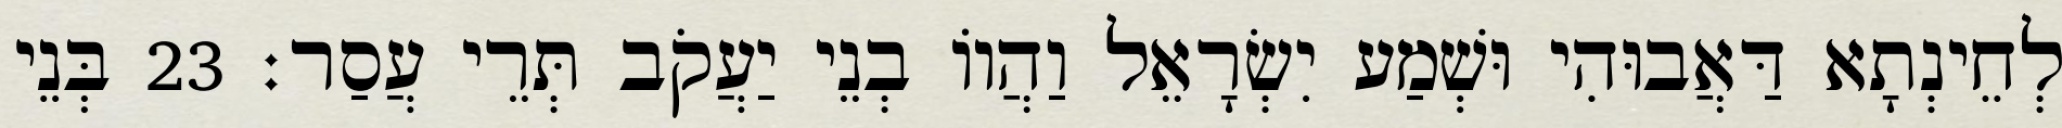
לְחֵינְתָא דַּאֲבוּהִי וּשְׁמַע יִשְׂרָאֵל וַהֲווֹ בְנֵי יַעֲקֹב תְּרֵי עֲסַר׃ 23 בְּנֵי